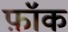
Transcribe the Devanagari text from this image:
फ़ॉक